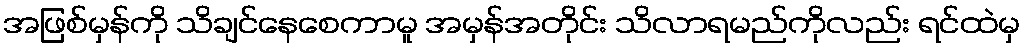
အဖြစ်မှန်ကို သိချင်နေစေကာမူ အမှန်အတိုင်း သိလာရမည်ကိုလည်း ရင်ထဲမှ